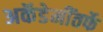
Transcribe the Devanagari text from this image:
अकॅडेमींतर्फे